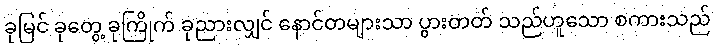
ခုမြင် ခုတွေ့ ခုကြိုက် ခုညားလျှင် နောင်တများသာ ပွားတတ် သည်ဟူသော စကားသည်